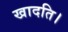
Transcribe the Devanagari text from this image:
खादति।